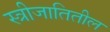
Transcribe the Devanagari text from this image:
स्त्रीजातितील